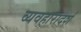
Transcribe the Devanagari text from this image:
व्‍यवहारादर्श